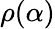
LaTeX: \rho(\alpha)